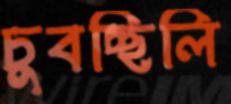
চুবচ্ছিলি